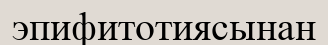
эпифитотиясынан